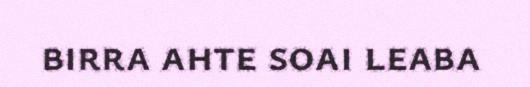
birra ahte soai leaba